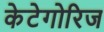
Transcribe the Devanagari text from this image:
केटेगोरिज